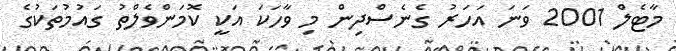
މާޓެލް 2001 ވަނަ އަހަރު ގެނެސްދިން މި ވާހަކަ އަކީ ކޮމަންވެލްތު ގައުމުތަކުގެ